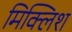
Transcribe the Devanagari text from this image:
मिक्लिश